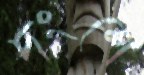
দংশে